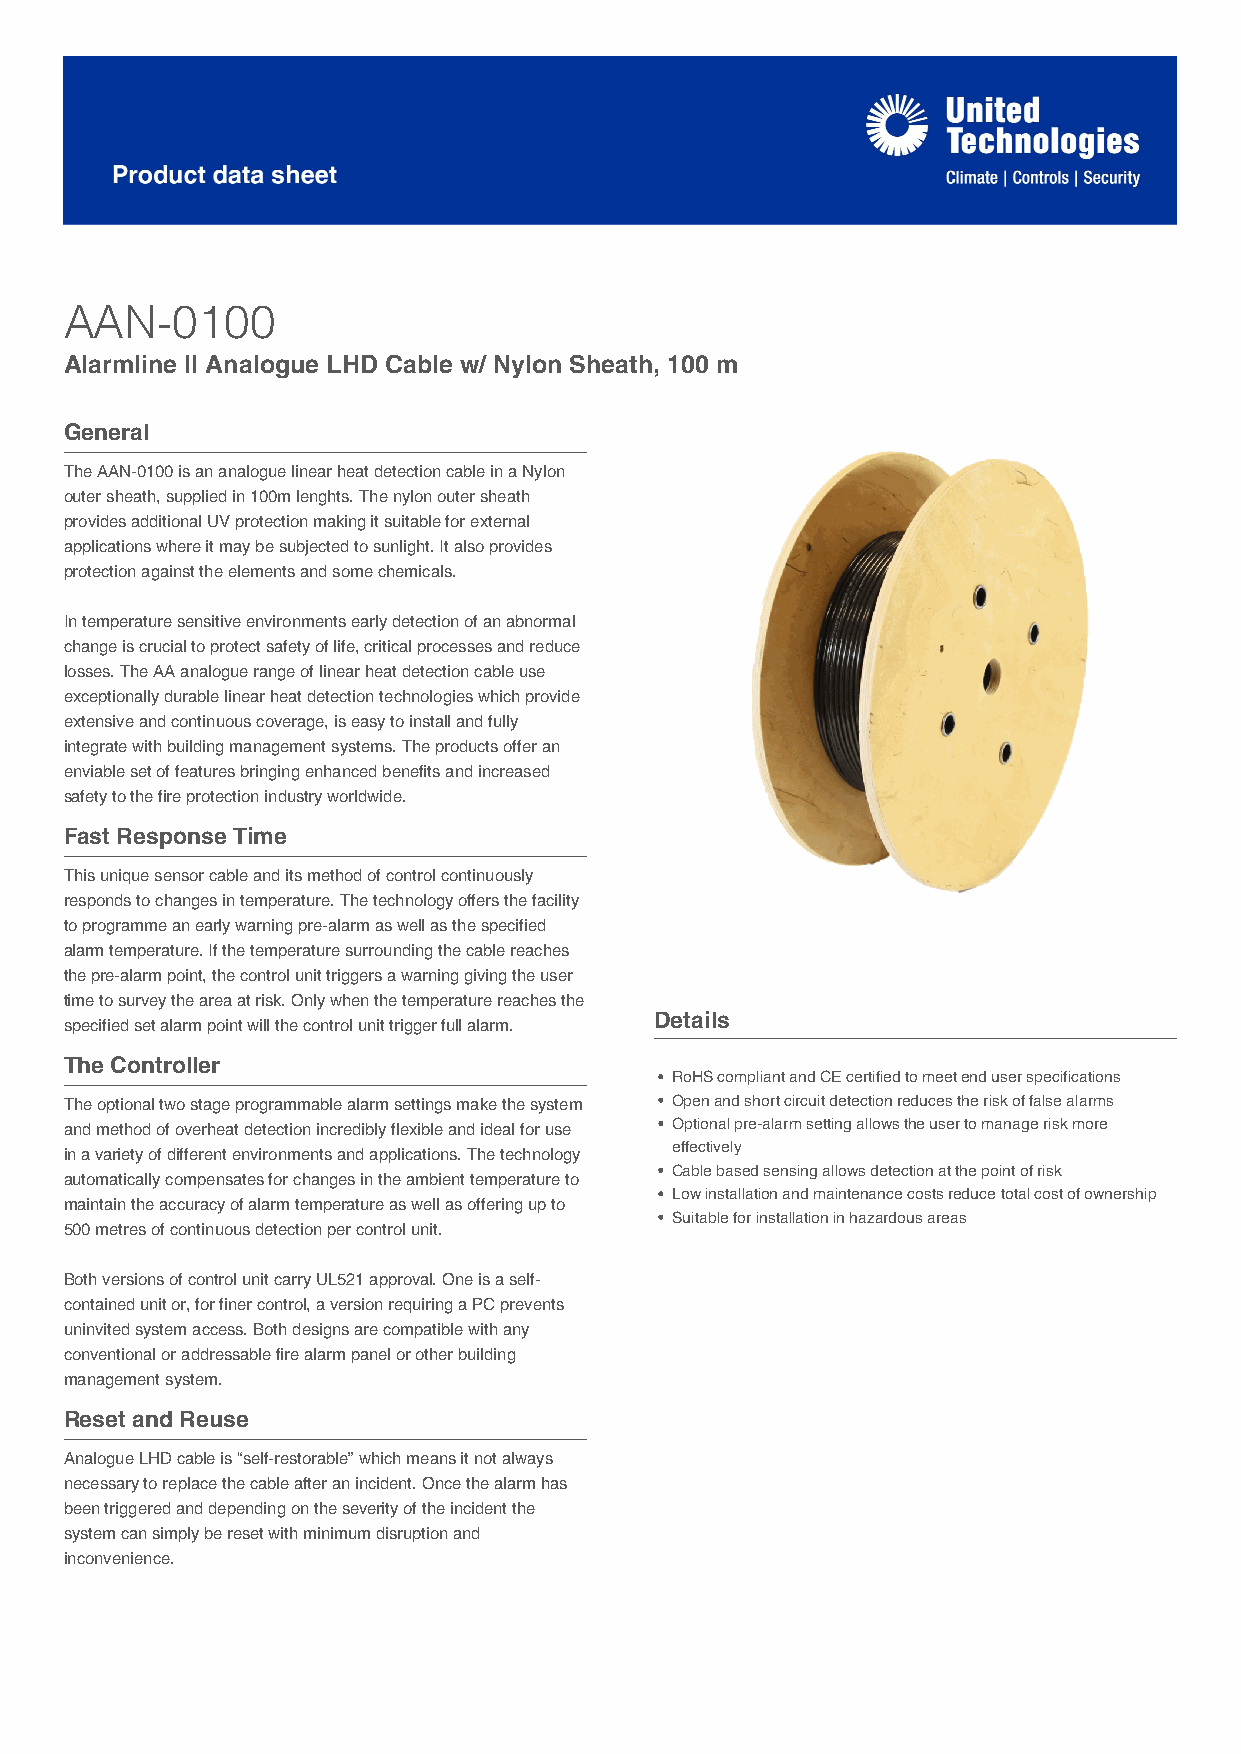
AAN-0100
 Alarmline II Analogue LHD Cable w/ Nylon Sheath, 100 m
 General
 The AAN-0100 is an analogue linear heat detection cable in a Nylon
 outer sheath, supplied in 100m lenghts. The nylon outer sheath
 provides additional UV protection making it suitable for external
 applications where it may be subjected to sunlight. It also provides
 protection against the elements and some chemicals.
 In temperature sensitive environments early detection of an abnormal
 change is crucial to protect safety of life, critical processes and reduce
 losses. The AA analogue range of linear heat detection cable use
 exceptionally durable linear heat detection technologies which provide
 extensive and continuous coverage, is easy to install and fully
 integrate with building management systems. The products offer an
 enviable set of features bringing enhanced benefits and increased
 safety to the fire protection industry worldwide.
 Fast Response Time
 This unique sensor cable and its method of control continuously
 responds to changes in temperature. The technology offers the facility
 to programme an early warning pre-alarm as well as the specified
 alarm temperature. If the temperature surrounding the cable reaches
 the pre-alarm point, the control unit triggers a warning giving the user
 time to survey the area at risk. Only when the temperature reaches the
 Details
 specified set alarm point will the control unit trigger full alarm.
 The Controller
 RoHS compliant and CE certified to meet end user specifications
 The optional two stage programmable alarm settings make the system Open and short circuit detection reduces the risk of false alarms
 and method of overheat detection incredibly flexible and ideal for use Optional pre-alarm setting allows the user to manage risk more
 effectively
 in a variety of different environments and applications. The technology
 Cable based sensing allows detection at the point of risk
 automatically compensates for changes in the ambient temperature to
 Low installation and maintenance costs reduce total cost of ownership
 maintain the accuracy of alarm temperature as well as offering up to
 Suitable for installation in hazardous areas
 500 metres of continuous detection per control unit.
 Both versions of control unit carry UL521 approval. One is a self-
 contained unit or, for finer control, a version requiring a PC prevents
 uninvited system access. Both designs are compatible with any
 conventional or addressable fire alarm panel or other building
 management system.
 Reset and Reuse
 Analogue LHD cable is “self-restorable” which means it not always
 necessary to replace the cable after an incident. Once the alarm has
 been triggered and depending on the severity of the incident the
 system can simply be reset with minimum disruption and
 inconvenience.